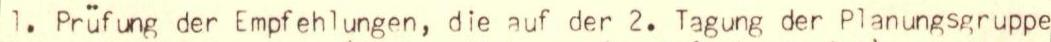
1. Prüfung der Empfehlungen, die auf der 2. Tagung der Planungsgruppe